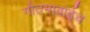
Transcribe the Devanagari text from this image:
गौतमाबाईच